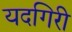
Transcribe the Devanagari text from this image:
यदगिरी